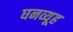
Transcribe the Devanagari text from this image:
घनव्यूह